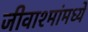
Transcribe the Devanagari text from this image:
जीवाश्मांमध्ये